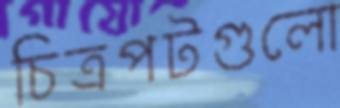
চিত্রপটগুলো